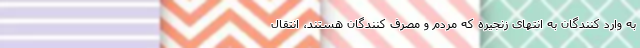
به وارد کنندگان به انتهای زنجیره که مردم و مصرف کنندگان هستند، انتقال